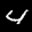
Label: 4